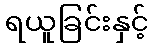
ရယူခြင်းနှင့်